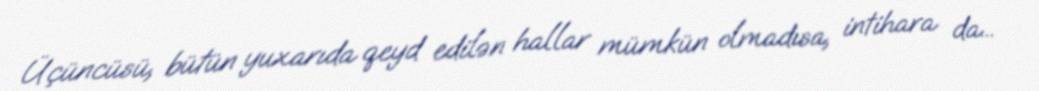
Üçüncüsü, bütün yuxarıda qeyd edilən hallar mümkün olmadısa, intihara da...